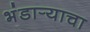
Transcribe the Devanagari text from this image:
भंडार्‍याचा